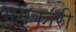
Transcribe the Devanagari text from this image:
भंगकारी